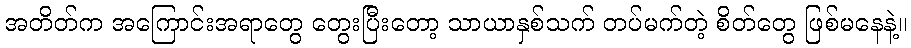
အတိတ်က အကြောင်းအရာတွေ တွေးပြီးတော့ သာယာနှစ်သက် တပ်မက်တဲ့ စိတ်တွေ ဖြစ်မနေနဲ့။